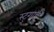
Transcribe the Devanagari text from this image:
स्टुगार्ड